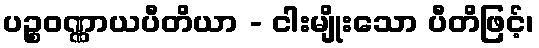
ပဉ္စဝဏ္ဏာယပီတိယာ - ငါးမျိုးသော ပီတိဖြင့်၊